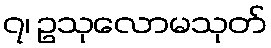
၇၊ ဥသုလောမသုတ်